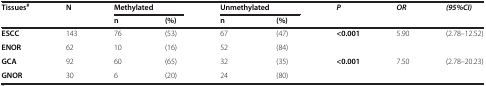
<table><thead><tr><td rowspan="2"><b>Tissues<sup>#</sup></b></td><td rowspan="2"><b>N</b></td><td colspan="2"><b>Methylated</b></td><td colspan="2"><b>Unmethylated</b></td><td rowspan="2"><b><i>P</i></b></td><td rowspan="2"><b><i>OR</i></b></td><td rowspan="2"><b><i>(95%CI)</i></b></td></tr><tr><td><b>n</b></td><td><b>(%)</b></td><td><b>n</b></td><td><b>(%)</b></td></tr></thead><tbody><tr><td><b>ESCC</b></td><td>143</td><td>76</td><td>(53)</td><td>67</td><td>(47)</td><td rowspan="2"><b>&lt;0.001</b></td><td rowspan="2">5.90</td><td rowspan="2">(2.78–12.52)</td></tr><tr><td><b>ENOR</b></td><td>62</td><td>10</td><td>(16)</td><td>52</td><td>(84)</td></tr><tr><td><b>GCA</b></td><td>92</td><td>60</td><td>(65)</td><td>32</td><td>(35)</td><td><b>&lt;0.001</b></td><td>7.50</td><td>(2.78–20.23)</td></tr><tr><td><b>GNOR</b></td><td>30</td><td>6</td><td>(20)</td><td>24</td><td>(80)</td><td> </td><td> </td><td> </td></tr></tbody></table>